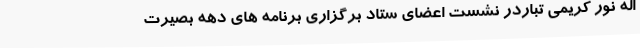
اله نور کریمی تباردر نشست اعضای ستاد برگزاری برنامه های دهه بصیرت